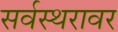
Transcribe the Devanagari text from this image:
सर्वस्थरावर